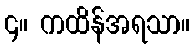
၄။ ကထိန်အရသာ။